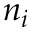
n _ { i }